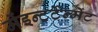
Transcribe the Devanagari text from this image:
मेंइन्टर्टेन्मेंट